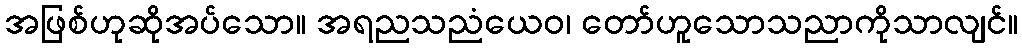
အဖြစ်ဟုဆိုအပ်သော။ အရညသညံယေဝ၊ တော်ဟူသောသညာကိုသာလျင်။